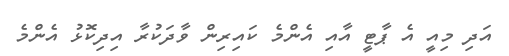
އަދި މިއީ އެ ޕާޓީ އާއި އެންމެ ކައިރިން ވާދަކުރާ އިދިކޮޅު އެންމެ